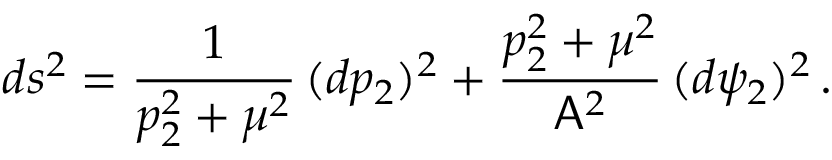
d s ^ { 2 } = \frac { 1 } { p _ { 2 } ^ { 2 } + \mu ^ { 2 } } \, ( d p _ { 2 } ) ^ { 2 } + \frac { p _ { 2 } ^ { 2 } + \mu ^ { 2 } } { \mathsf { A } ^ { 2 } } \, ( d \psi _ { 2 } ) ^ { 2 } \, .